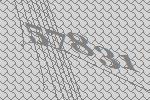
57831